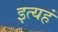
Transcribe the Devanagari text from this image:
इत्यहं